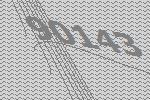
90143